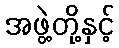
အဖွဲ့တို့နှင့်